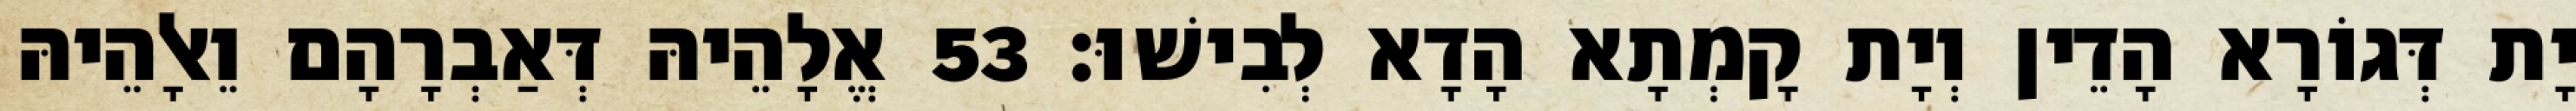
יָת דְּגוֹרָא הָדֵין וְיָת קָמְתָא הָדָא לְבִישׁוּ׃ 53 אֱלָהֵיהּ דְּאַבְרָהָם וֵאלָהֵיהּ